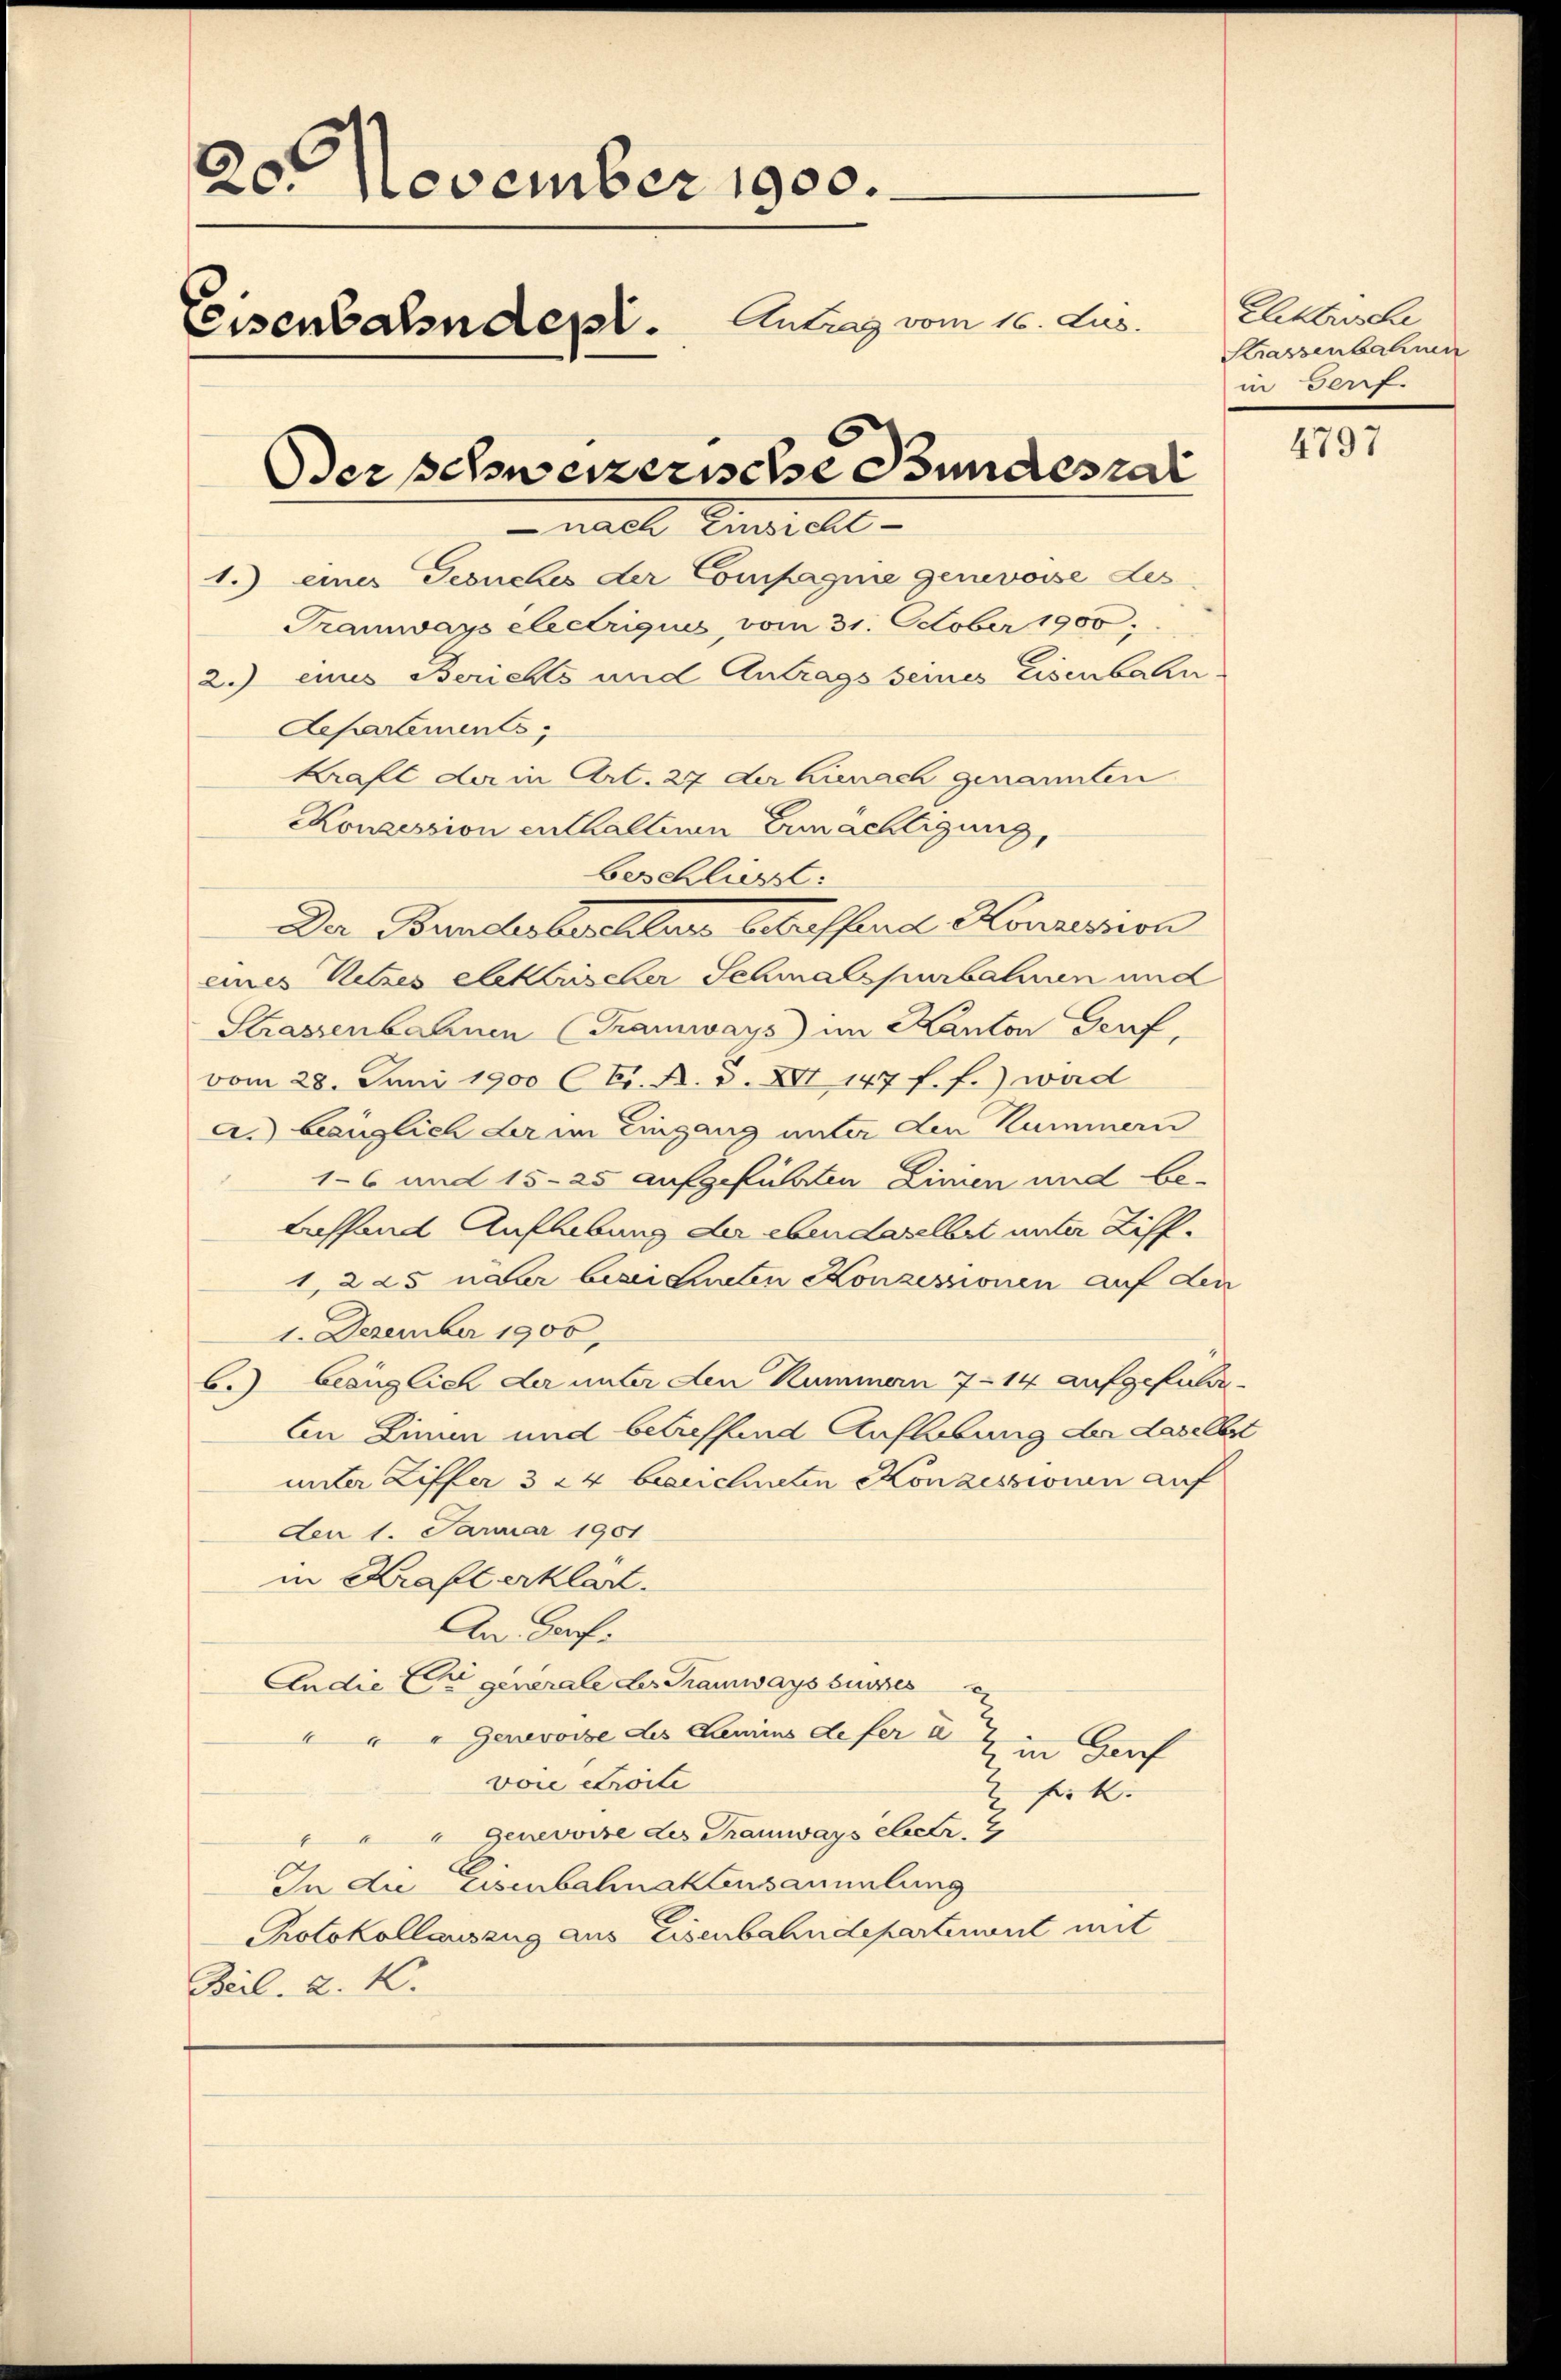
20. November 1900.
Ceisenbahndept. Antrag vom 16. Jus
Oder schweizerische Bundesrat
nach Einrichte
1.) eines Gesuches der Compagnie genevoise des

Tramways electriques vom 31. October 1900;
2.) eines Berichts und Antrags seines Eisenbahn
Departements
Kraft der in Art. 27 der hienach genannten
Konzession enthaltenen Ermächtigung,
Der Bundesbeschler betreffend Konzession
eines Retzes Attrischer Schmalspurbahnen und
Strassenbahnen (Tramways) im Kanton Genf,
vom 28. Juni 1900 Cts. A. S. XVI 147 f. f.) wird
a. bezüglich der im Eingang unter den Kummern
16 und 15-25 aufgeführten Linien und be-
treffend Aufhebung der ebenderselbst unter Ziff.
1225 nahr bezeichneten Konzessionen auf den
1. Dezember 1900.
b.) bezüglich der unter den Kummern 7–14 aufgefalle
An Linie und betreffend Aufhebung der daselbst
unter Ziffer 324 besuchneten Konzessionen auf
den 1. Januar 1901
in Kraft erklärt.
An Porf.
Andie Er generale des Tramways susses
 " " Genevoise des Lanimus defer 27 in Genf
voie droite
f. |
E
"Genevoire des Tramways ebetr. 9
In die Eisenbahnaktensammlung
Protokollauszug aus Eisenbahndepartenant mit
Beil. a. 1.

beschliesst:

Elektrische
Strassenbahnen
in Genf.

4797